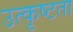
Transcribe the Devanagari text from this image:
उत्कृष्‍टता